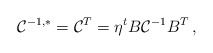
\begin{align*}{\cal C}^{-1, *}={\cal C}^T=\eta ^t B{\cal C}^{-1}B^T\,,\end{align*}